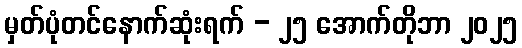
မှတ်ပုံတင်နောက်ဆုံးရက် - ၂၅ အောက်တိုဘာ ၂၀၂၅